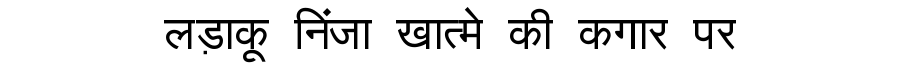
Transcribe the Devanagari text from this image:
लड़ाकू निंजा खात्मे की कगार पर